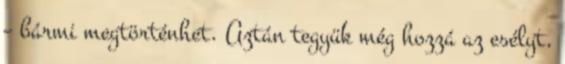
– bármi megtörténhet. Aztán tegyük még hozzá az esélyt,